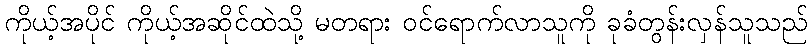
ကိုယ့်အပိုင် ကိုယ့်အဆိုင်ထဲသို့ မတရား ဝင်ရောက်လာသူကို ခုခံတွန်းလှန်သူသည်